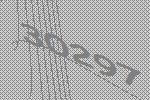
30297